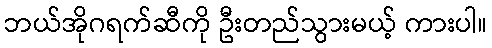
ဘယ်အိုဂရက်ဆီကို ဦးတည်သွားမယ့် ကားပါ။